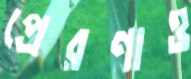
প্রেরণাও